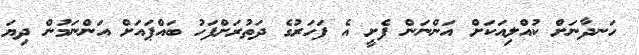
ހަނދާނަށް ކުއްލިއަކަށް އަންނަން ފެށީ އެ ފަހަރުގެ ދަތުރަށްފަހު ބައްޕައަށް އަންނަމުން ދިޔަ